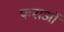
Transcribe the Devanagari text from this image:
फराओं